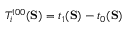
T _ { i } ^ { 1 0 0 } ( \mathbf { S } ) = t _ { 1 } ( \mathbf { S } ) - t _ { 0 } ( \mathbf { S } )